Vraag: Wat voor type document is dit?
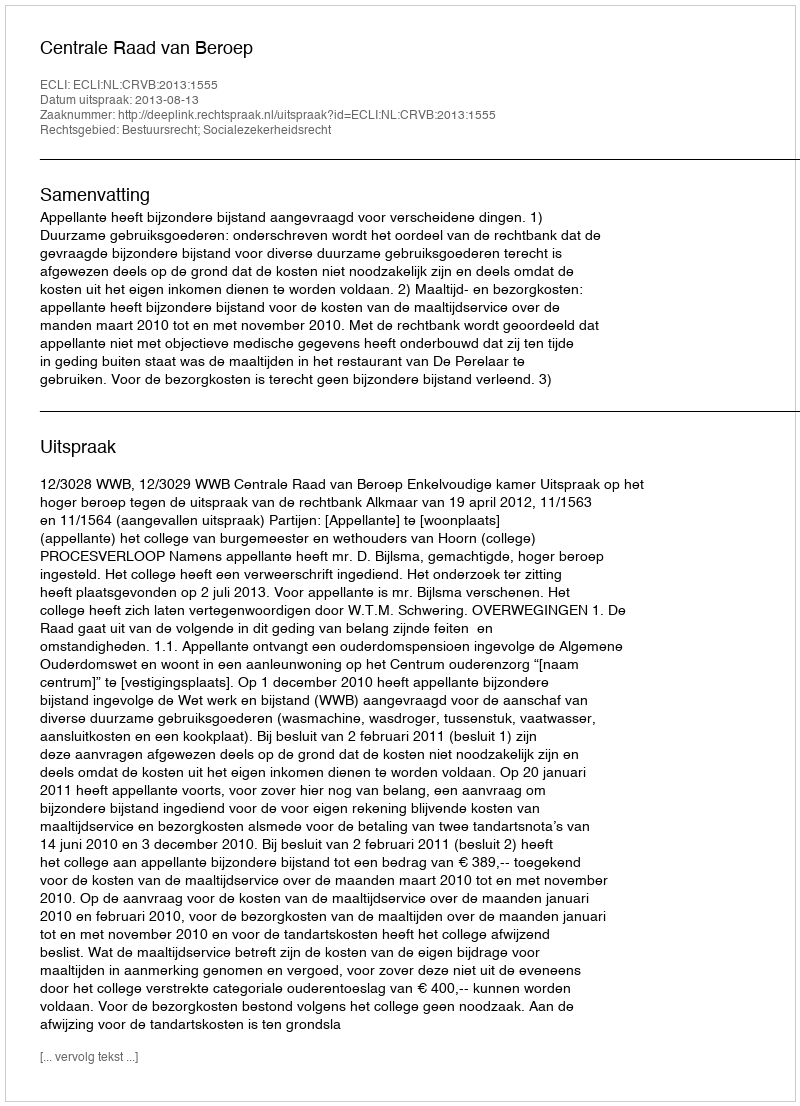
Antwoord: Uitspraak